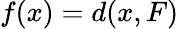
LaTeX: f(x)=d(x,F)